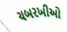
ચબરખીઓ